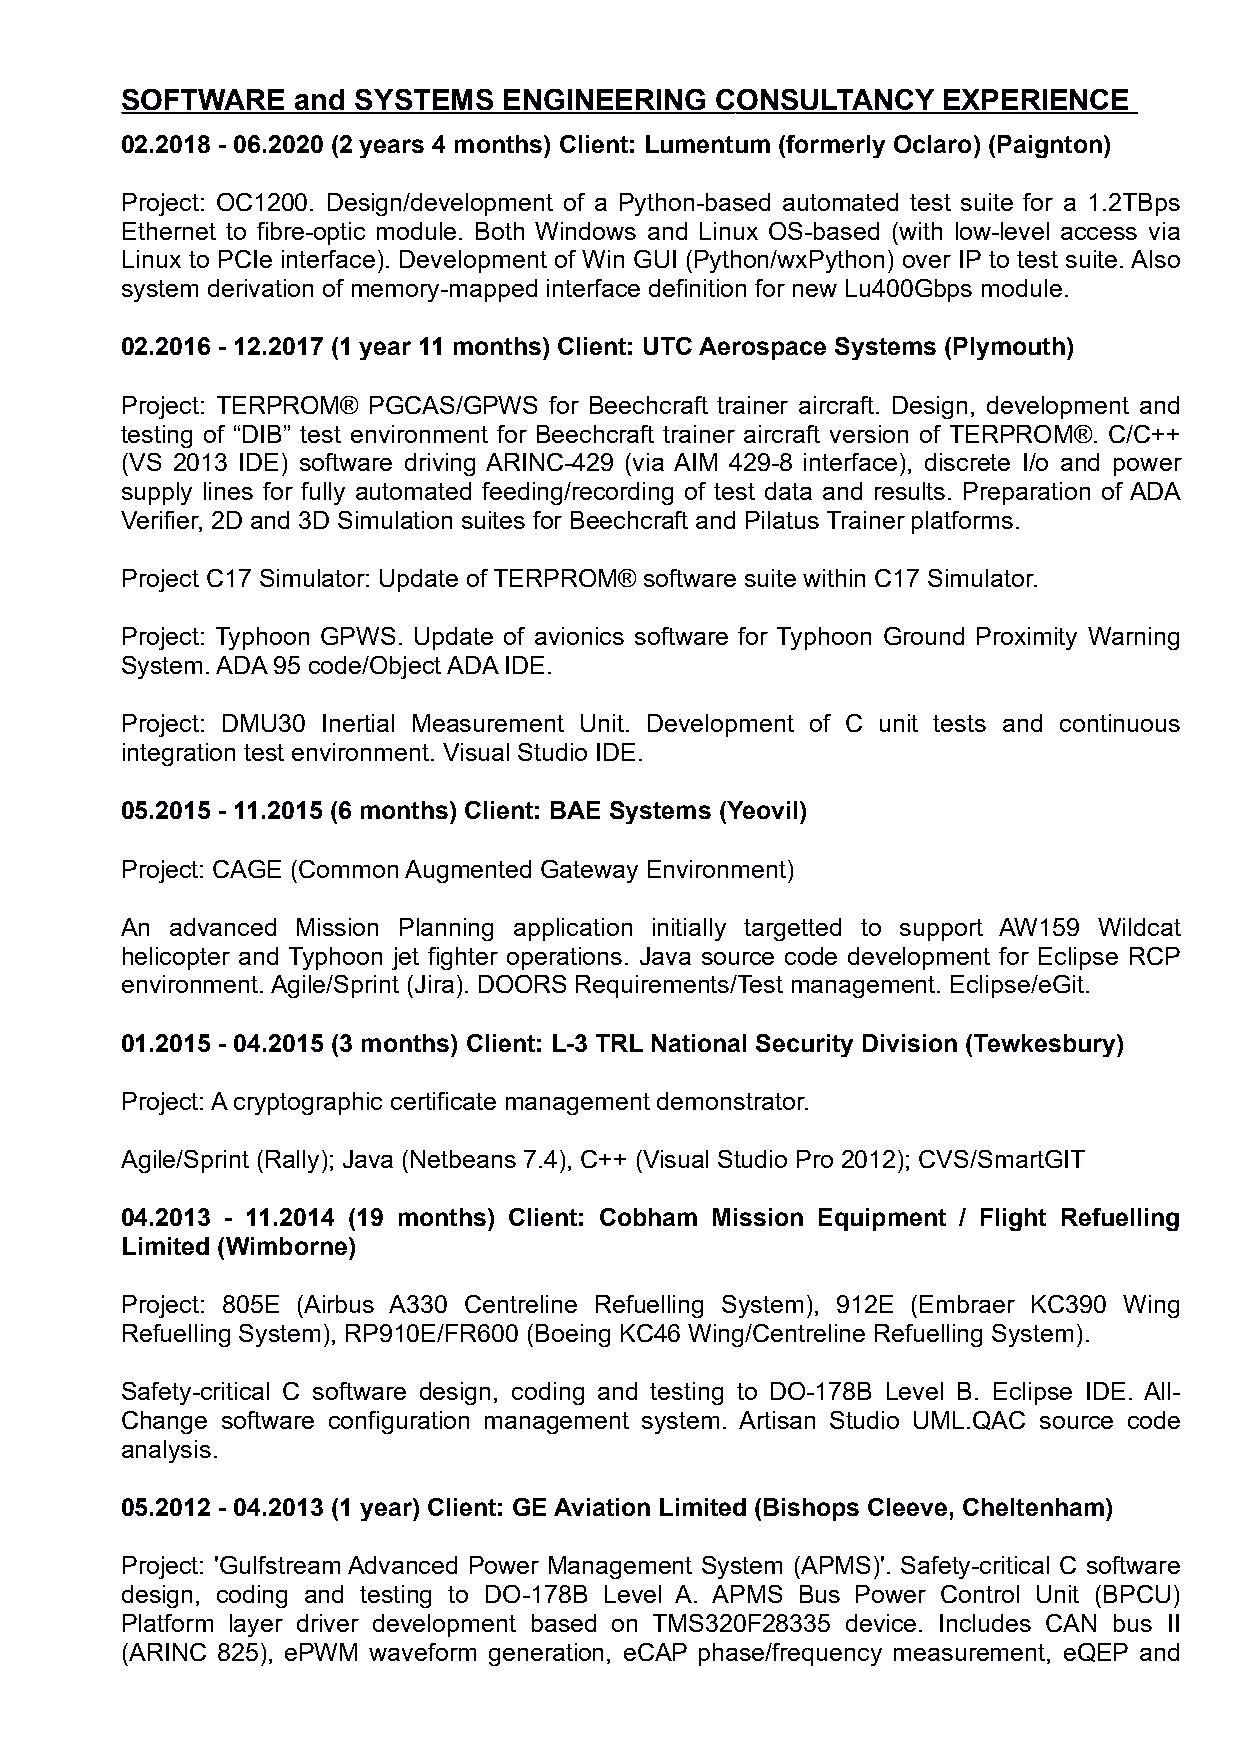
SOFTWARE    and SYSTEMS  ENGINEERING   C ONSULTANCY   EXPERIENCE
 02.2018 - 06.2020 (2 years 4 months) Client: Lumentum (formerly Oclaro) (Paignton)
 Project: OC1200. Design/development of a Python-based automated test suite for a 1.2TBps
 Ethernet to fibre-optic module. Both Windows and Linux OS-based (with low-level access via
 Linux to PCIe interface). Development of Win GUI (Python/wxPython) over IP to test suite. Also
 system derivation of memory-mapped interface definition for new Lu400Gbps module.
 02.2016 - 12.2017 (1 year 11 months) Client: UTC Aerospace Systems (Plymouth)
 Project: TERPROM® PGCAS/GPWS for Beechcraft trainer aircraft. Design, development and
 testing of “DIB” test environment for Beechcraft trainer aircraft version of TERPROM®. C/C++
 (VS 2013 IDE) software driving ARINC-429 (via AIM 429-8 interface), discrete I/o and power
 supply lines for fully automated feeding/recording of test data and results. Preparation of ADA
 Verifier, 2D and 3D Simulation suites for Beechcraft and Pilatus Trainer platforms.
 Project C17 Simulator: Update of TERPROM® software suite within C17 Simulator.
 Project: Typhoon GPWS. Update of avionics software for Typhoon Ground Proximity Warning
 System. ADA 95 code/Object ADA IDE.
 Project: DMU30 Inertial Measurement Unit. Development of C unit tests and continuous
 integration test environment. Visual Studio IDE.
 05.2015 - 11.2015 (6 months) Client: BAE Systems (Yeovil)
 Project: CAGE (Common Augmented Gateway Environment)
 An advanced Mission Planning application initially targetted to support AW159 Wildcat
 helicopter and Typhoon jet fighter operations. Java source code development for Eclipse RCP
 environment. Agile/Sprint (Jira). DOORS Requirements/Test management. Eclipse/eGit.
 01.2015 - 04.2015 (3 months) Client: L-3 TRL National Security Division (Tewkesbury)
 Project: A cryptographic certificate management demonstrator.
 Agile/Sprint (Rally); Java (Netbeans 7.4), C++ (Visual Studio Pro 2012); CVS/SmartGIT
 04.2013 - 11.2014 (19 months) Client: Cobham Mission Equipment / Flight Refuelling
 Limited (Wimborne)
 Project: 805E (Airbus A330 Centreline Refuelling System), 912E (Embraer KC390 Wing
 Refuelling System), RP910E/FR600 (Boeing KC46 Wing/Centreline Refuelling System).
 Safety-critical C software design, coding and testing to DO-178B Level B. Eclipse IDE. All-
 Change software configuration management system. Artisan Studio UML.QAC source code
 analysis.
 05.2012 - 04.2013 (1 year) Client: GE Aviation Limited (Bishops Cleeve, Cheltenham)
 Project: 'Gulfstream Advanced Power Management System (APMS)'. Safety-critical C software
 design, coding and testing to DO-178B Level A. APMS Bus Power Control Unit (BPCU)
 Platform layer driver development based on TMS320F28335 device. Includes CAN bus II
 (ARINC 825), ePWM waveform generation, eCAP phase/frequency measurement, eQEP and